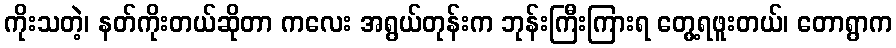
ကိုးသတဲ့၊ နတ်ကိုးတယ်ဆိုတာ ကလေး အရွယ်တုန်းက ဘုန်းကြီးကြားရ တွေ့ရဖူးတယ်၊ တောရွာက